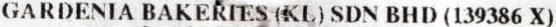
GARDENIA BAKERIES (KL) SDN BHD (139386 X)